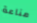
مناعة